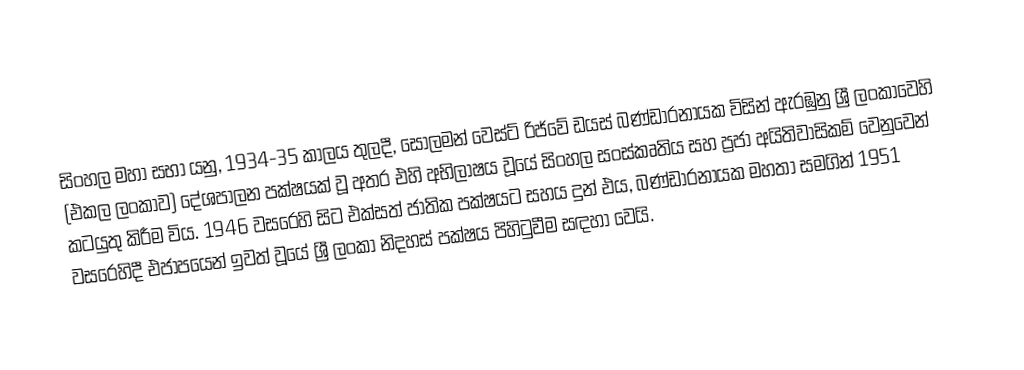
සිංහල මහා සභා යනු, 1934-35 කාලය තුලදී, සොලමන් වෙස්ට් රිජ්වේ ඩයස් බණ්ඩාරනායක විසින් ඇරඹුනු ශ්‍රී ලංකාවෙහි (එකල ලංකාව) දේශපාලන පක්ෂයක් වූ අතර එහි අභිලාෂය වූයේ සිංහල සංස්කෘතිය සහ ප්‍රජා අයිතිවාසිකම්  වෙනුවෙන් කටයුතු කිරීම විය. 1946 වසරෙහි සිට එක්සත් ජාතික පක්ෂයට සහය දුන් එය, බණ්ඩාරනායක මහතා සමගින් 1951 වසරෙහිදී එජාපයෙන් ඉවත් වූයේ   ශ්‍රී ලංකා නිදහස් පක්ෂය පිහිටුවීම සඳහා වෙයි.